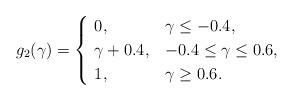
LaTeX: \begin{align*}g_2(\gamma)=\begin{cases}\,\,0, &\gamma \leq -0.4, \\\,\,\gamma+0.4, &-0.4 \leq \gamma \leq 0.6,\\\,\,1, & \gamma \geq 0.6.\end{cases}\end{align*}